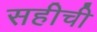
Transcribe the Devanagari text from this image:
सहीची